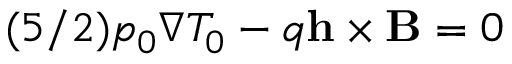
( 5 / 2 ) p _ { 0 } \nabla T _ { 0 } - q \mathbf { h } \times \mathbf { B } = 0